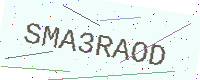
Text: SMA3RAOD